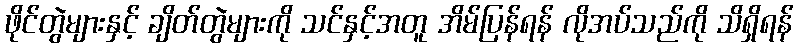
ဖိုင်တွဲများနှင့် ချိတ်တွဲများကို သင်နှင့်အတူ အိမ်ပြန်ရန် လိုအပ်သည်ကို သိရှိရန်